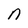
Character: n